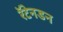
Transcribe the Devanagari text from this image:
रॅटेनडन